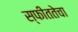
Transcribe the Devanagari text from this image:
स्फीततेचा